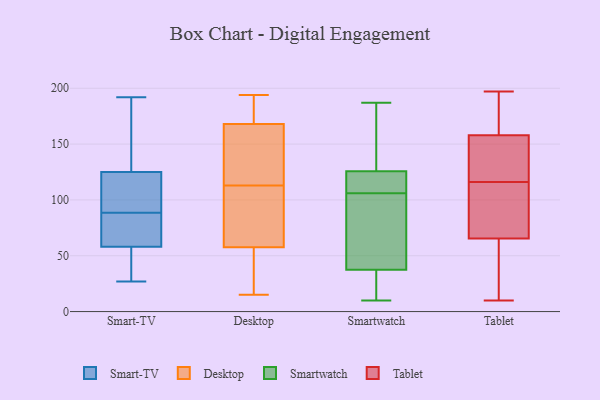
{"axis": {"x": "Production Output", "y": "Value"}, "legend": ["Desktop", "Smart-TV", "Smartwatch", "Tablet"], "data": [{"x": "", "y": 82, "type": "Smart-TV"}, {"x": "", "y": 192, "type": "Smart-TV"}, {"x": "", "y": 73, "type": "Smart-TV"}, {"x": "", "y": 117, "type": "Smart-TV"}, {"x": "", "y": 115, "type": "Smart-TV"}, {"x": "", "y": 48, "type": "Smart-TV"}, {"x": "", "y": 125, "type": "Smart-TV"}, {"x": "", "y": 51, "type": "Smart-TV"}, {"x": "", "y": 95, "type": "Smart-TV"}, {"x": "", "y": 59, "type": "Smart-TV"}, {"x": "", "y": 41, "type": "Smart-TV"}, {"x": "", "y": 190, "type": "Smart-TV"}, {"x": "", "y": 149, "type": "Smart-TV"}, {"x": "", "y": 99, "type": "Smart-TV"}, {"x": "", "y": 73, "type": "Smart-TV"}, {"x": "", "y": 58, "type": "Smart-TV"}, {"x": "", "y": 27, "type": "Smart-TV"}, {"x": "", "y": 140, "type": "Smart-TV"}, {"x": "", "y": 106, "type": "Desktop"}, {"x": "", "y": 163, "type": "Desktop"}, {"x": "", "y": 15, "type": "Desktop"}, {"x": "", "y": 183, "type": "Desktop"}, {"x": "", "y": 133, "type": "Desktop"}, {"x": "", "y": 181, "type": "Desktop"}, {"x": "", "y": 72, "type": "Desktop"}, {"x": "", "y": 85, "type": "Desktop"}, {"x": "", "y": 120, "type": "Desktop"}, {"x": "", "y": 173, "type": "Desktop"}, {"x": "", "y": 194, "type": "Desktop"}, {"x": "", "y": 140, "type": "Desktop"}, {"x": "", "y": 43, "type": "Desktop"}, {"x": "", "y": 16, "type": "Desktop"}, {"x": "", "y": 36, "type": "Desktop"}, {"x": "", "y": 76, "type": "Desktop"}, {"x": "", "y": 30, "type": "Smartwatch"}, {"x": "", "y": 118, "type": "Smartwatch"}, {"x": "", "y": 88, "type": "Smartwatch"}, {"x": "", "y": 113, "type": "Smartwatch"}, {"x": "", "y": 116, "type": "Smartwatch"}, {"x": "", "y": 10, "type": "Smartwatch"}, {"x": "", "y": 58, "type": "Smartwatch"}, {"x": "", "y": 149, "type": "Smartwatch"}, {"x": "", "y": 106, "type": "Smartwatch"}, {"x": "", "y": 26, "type": "Smartwatch"}, {"x": "", "y": 40, "type": "Smartwatch"}, {"x": "", "y": 160, "type": "Smartwatch"}, {"x": "", "y": 187, "type": "Smartwatch"}, {"x": "", "y": 66, "type": "Tablet"}, {"x": "", "y": 159, "type": "Tablet"}, {"x": "", "y": 13, "type": "Tablet"}, {"x": "", "y": 84, "type": "Tablet"}, {"x": "", "y": 151, "type": "Tablet"}, {"x": "", "y": 174, "type": "Tablet"}, {"x": "", "y": 62, "type": "Tablet"}, {"x": "", "y": 65, "type": "Tablet"}, {"x": "", "y": 10, "type": "Tablet"}, {"x": "", "y": 126, "type": "Tablet"}, {"x": "", "y": 106, "type": "Tablet"}, {"x": "", "y": 142, "type": "Tablet"}, {"x": "", "y": 104, "type": "Tablet"}, {"x": "", "y": 197, "type": "Tablet"}, {"x": "", "y": 157, "type": "Tablet"}, {"x": "", "y": 181, "type": "Tablet"}]}